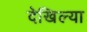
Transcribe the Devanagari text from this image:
देखिल्या